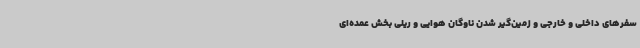
سفرهای داخلی و خارجی و زمین‌گیر شدن ناوگان هوایی و ریلی بخش عمده‌ای